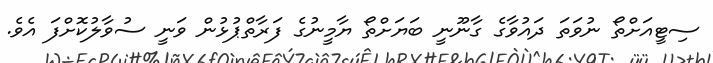
ސިޓީއަށްތޯ ނުވަތަ ދައުވާގެ ގާނޫނީ ބަޔަށްތޯ ޔާމީނުގެ ފަރާތްޕުޅުން ވަނީ ސުވާލުކޮށްފަ އެވެ.